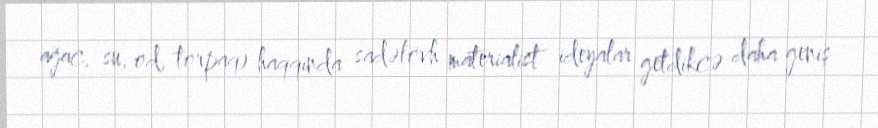
ağac, su, od, torpaq) haqqında sadəlövh materialist ideyalar getdikcə daha geniş